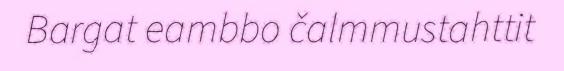
Bargat eambbo čalmmustahttit